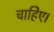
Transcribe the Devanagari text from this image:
चाहिेए।